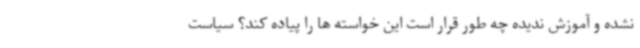
نشده و آموزش ندیده چه طور قرار است این خواسته ها را پیاده کند؟ سیاست